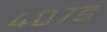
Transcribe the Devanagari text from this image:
४०७ड